system: You are a helpful assistant.
user:
Analyze the provided spectrum to determine if it is a **Carbon Star (C-type)**.

- **Key Visual Indicators of Carbon Star:**
    - **(Primary):** Strong molecular absorption from **C₂ (diatomic carbon) "Swan Bands."** This is the **defining feature** of a carbon star.
        - **(Key Bandheads):** Sharp absorption edges are visible at approximately $5635$ Å, $5165$ Å (the strongest band), and $4737$ Å.
        - **(Line Profile):** Creates a distinct **"saw-tooth"** pattern. The key morphology is a sharp, steep bandhead on the **red (long-wavelength) side**, which then gradually tapers off (i.e., flux recovers) towards the **blue (short-wavelength) side**. *(This is the direct opposite of the TiO bands seen in M-type stars)*.

    - **(Secondary):** Intense **CN (cyanogen)** molecular absorption bands.
        - **(Key Bandheads):** Located in the blue and violet regions of the spectrum (e.g., near $4215$ Å and $3883$ Å).
        - **(Morphology):** These bands are extremely broad and act as a "blanket," absorbing the vast majority of blue and violet light. This creates a characteristic **"cliff"** or **"steep drop-off"** in the spectrum's flux at short wavelengths.

    - **(Key Confirmation):** Strong **CH absorption band (G-band)**.
        - **(Key Bandhead):** Located around $4300$ Å. The contribution from CH molecules to this band is exceptionally strong.

    - **(Overall Spectrum):**
        - The continuum is severely "chopped up" by these deep molecular bands, especially C₂, rather than appearing as a smooth curve.
        - Due to the heavy CN and C₂ absorption in the blue-green, the vast majority of the star's flux is concentrated in the red part of the spectrum, giving the star its characteristic deep red color.

Think first, call **spectral_visualization_tool** if needed to examine features in detail, then provide your final answer. Your response must adhere to the following strict rules:
1.  **Overall Structure:** Your response must follow the format `<think>...</think> <tool_call>...</tool_call> (if a tool is used) <answer>...</answer>`.
2.  **Tool Usage Constraint:** You may only make **one** tool call per turn.
3.  **Final Answer Format:** In the `<answer>` tag, your conclusion must be inside a `\boxed{}` command (e.g., `\boxed{YES}`), followed by your justification.

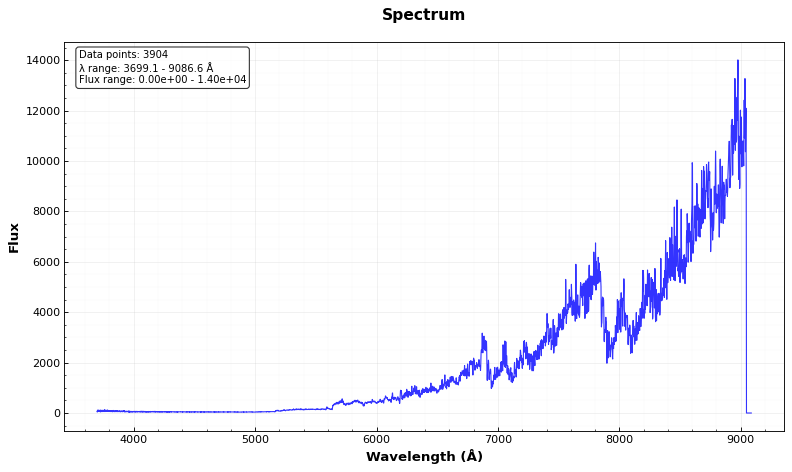
Answer: YES